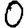
Digit: 0